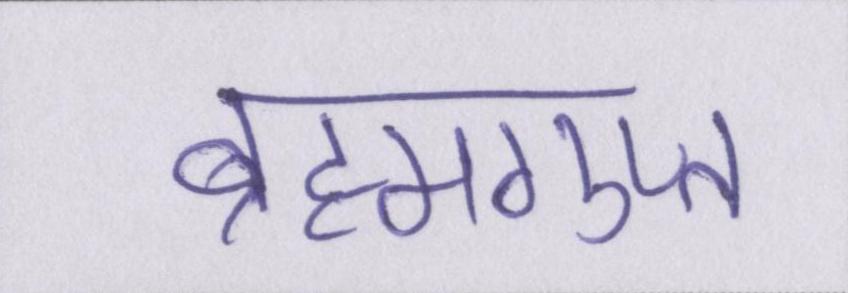
ब्रह्मगुप्त